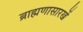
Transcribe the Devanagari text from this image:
ब्राह्मणासारखें